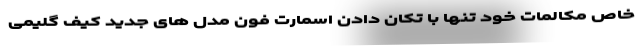
خاص مکالمات خود تنها با تکان دادن اسمارت فون مدل های جدید کیف گلیمی